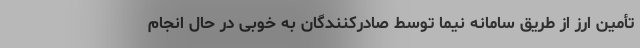
تأمین ارز از طریق سامانه نیما توسط صادرکنندگان به خوبی در حال انجام